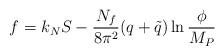
LaTeX: \begin{align*}f = k_N S - {N_f \over 8 \pi^2} (q+ \tilde q) \ln {\phi \over M_P}\end{align*}